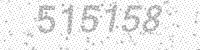
Solution: 515158